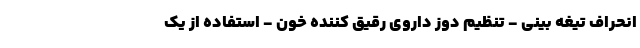
انحراف تیغه بینی - تنظیم دوز داروی رقیق کننده خون - استفاده از یک